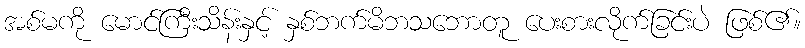
အစ်မကို မောင်ကြီးသိန်းနှင့် နှစ်ဘက်မိဘသဘောတူ ပေးစားလိုက်ခြင်းပဲ ဖြစ်၏။